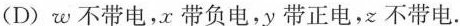
(D)w不带电，x带负电，y带正电，不带电.